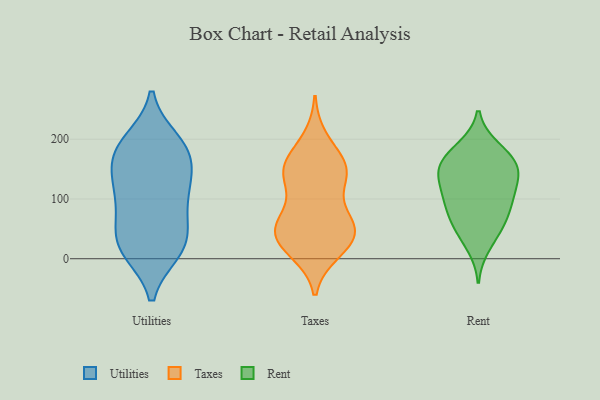
{"axis": {"x": "Backlog", "y": "Value"}, "legend": ["Rent", "Taxes", "Utilities"], "data": [{"x": "", "y": 53, "type": "Utilities"}, {"x": "", "y": 122, "type": "Utilities"}, {"x": "", "y": 55, "type": "Utilities"}, {"x": "", "y": 89, "type": "Utilities"}, {"x": "", "y": 20, "type": "Utilities"}, {"x": "", "y": 175, "type": "Utilities"}, {"x": "", "y": 197, "type": "Utilities"}, {"x": "", "y": 190, "type": "Utilities"}, {"x": "", "y": 170, "type": "Utilities"}, {"x": "", "y": 138, "type": "Utilities"}, {"x": "", "y": 18, "type": "Utilities"}, {"x": "", "y": 184, "type": "Utilities"}, {"x": "", "y": 17, "type": "Utilities"}, {"x": "", "y": 129, "type": "Utilities"}, {"x": "", "y": 102, "type": "Utilities"}, {"x": "", "y": 13, "type": "Utilities"}, {"x": "", "y": 149, "type": "Taxes"}, {"x": "", "y": 142, "type": "Taxes"}, {"x": "", "y": 13, "type": "Taxes"}, {"x": "", "y": 156, "type": "Taxes"}, {"x": "", "y": 66, "type": "Taxes"}, {"x": "", "y": 51, "type": "Taxes"}, {"x": "", "y": 159, "type": "Taxes"}, {"x": "", "y": 63, "type": "Taxes"}, {"x": "", "y": 199, "type": "Taxes"}, {"x": "", "y": 143, "type": "Taxes"}, {"x": "", "y": 34, "type": "Taxes"}, {"x": "", "y": 63, "type": "Taxes"}, {"x": "", "y": 44, "type": "Taxes"}, {"x": "", "y": 129, "type": "Taxes"}, {"x": "", "y": 30, "type": "Taxes"}, {"x": "", "y": 21, "type": "Taxes"}, {"x": "", "y": 185, "type": "Rent"}, {"x": "", "y": 20, "type": "Rent"}, {"x": "", "y": 97, "type": "Rent"}, {"x": "", "y": 162, "type": "Rent"}, {"x": "", "y": 119, "type": "Rent"}, {"x": "", "y": 158, "type": "Rent"}, {"x": "", "y": 187, "type": "Rent"}, {"x": "", "y": 130, "type": "Rent"}, {"x": "", "y": 54, "type": "Rent"}, {"x": "", "y": 95, "type": "Rent"}, {"x": "", "y": 66, "type": "Rent"}, {"x": "", "y": 111, "type": "Rent"}, {"x": "", "y": 80, "type": "Rent"}, {"x": "", "y": 153, "type": "Rent"}, {"x": "", "y": 150, "type": "Rent"}, {"x": "", "y": 150, "type": "Rent"}, {"x": "", "y": 47, "type": "Rent"}]}